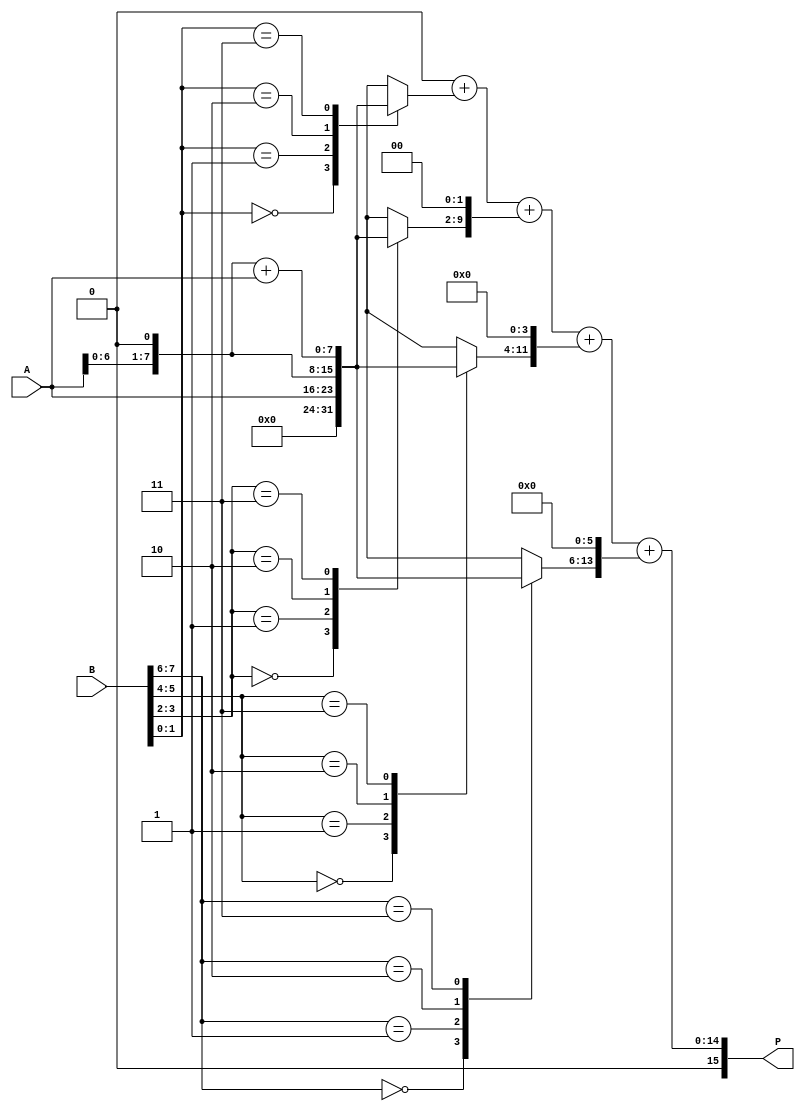
module radix4_multiplier #(parameter N = 8) (
    input [N-1:0] A,      // Multiplicand
    input [N-1:0] B,      // Multiplier
    output reg [2*N-1:0] P // Product
);

    reg [N-1:0] partial_products [0:N/2]; // Array to hold partial products
    reg [N-1:0] temp_A; // Temporary variable for shifted A
    integer i;

    always @(*) begin
        // Initialize product to zero
        P = 0;

        // Generate partial products based on Booth's algorithm
        for (i = 0; i < N/2; i = i + 1) begin
            case (B[2*i +: 2]) // Select 2 bits from B
                2'b00: partial_products[i] = 0; // 00 -> 0
                2'b01: partial_products[i] = A; // 01 -> A
                2'b10: partial_products[i] = A << 1; // 10 -> A << 1
                2'b11: partial_products[i] = (A << 1) + A; // 11 -> (A << 1) + A
                default: partial_products[i] = 0; // Default case
            endcase
        end

        // Accumulate partial products
        for (i = 0; i < N/2; i = i + 1) begin
            P = P + (partial_products[i] << (i * 2)); // Shift and add
        end
    end

endmodule